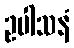
ဥပါသနံ